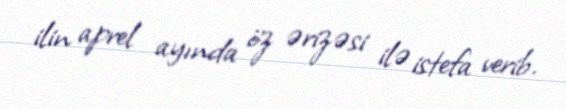
ilin aprel ayında öz ərizəsi ilə istefa verib.